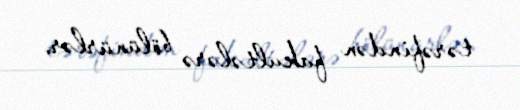
tərəfindən fakultələrə bölünürlər.